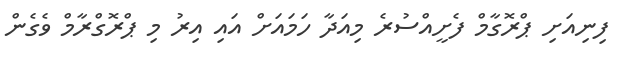
ފިނިއަށި ޕްރޮގާމް ފެށީއްސުރެ މިއަދާ ހަމައަށް އައި އިރު މި ޕްރޮގްރާމް ވެގެން